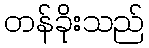
တန်ခိုးသည်